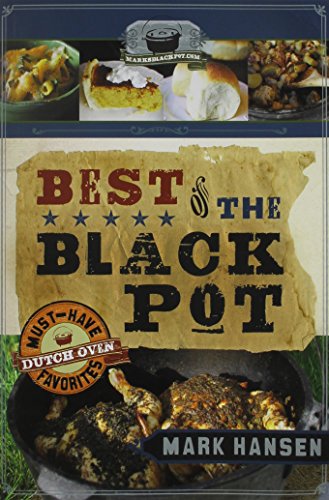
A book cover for Best of the Black Pot: Must-Have Dutch Oven Favorites; Mark Hansen; Cookbooks, Food & Wine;